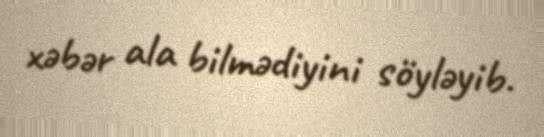
xəbər ala bilmədiyini söyləyib.